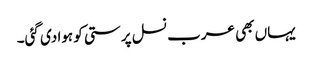
یہاں بھی عرب نسل پرستی کو ہوا دی گئی۔